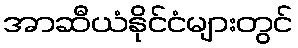
အာဆီယံနိုင်ငံများတွင်